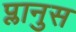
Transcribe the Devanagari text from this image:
प्लानुस